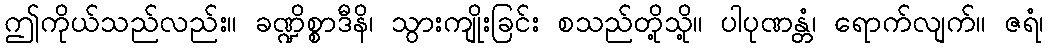
ဤကိုယ်သည်လည်း။ ခဏ္ဍိစ္စာဒီနိ၊ သွားကျိုးခြင်း စသည်တို့သို့။ ပါပုဏန္တံ၊ ရောက်လျက်။ ဇရံ၊